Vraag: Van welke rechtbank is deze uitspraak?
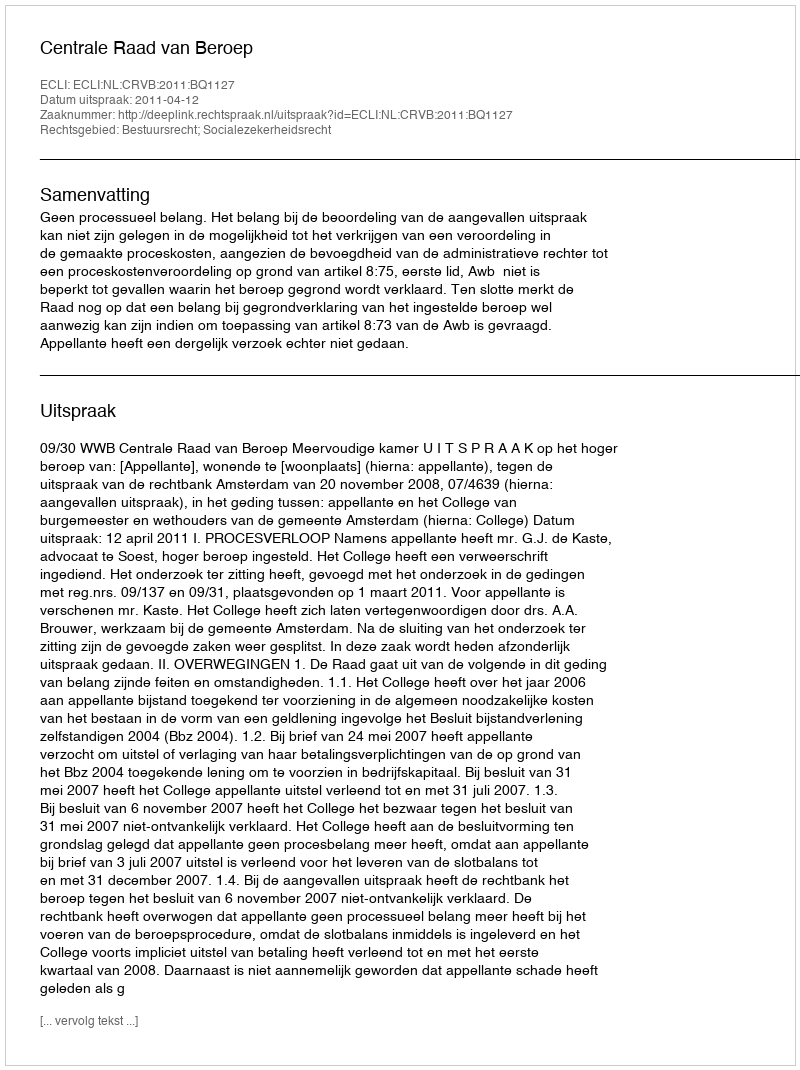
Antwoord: Centrale Raad van Beroep